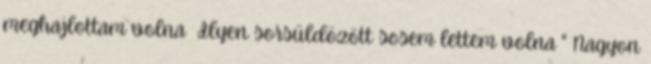
meghajlottam volna Ilyen sorsüldözött sosem lettem volna " Nagyon